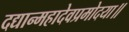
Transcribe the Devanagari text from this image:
दद्यान्महादेवप्रमोदया॥